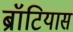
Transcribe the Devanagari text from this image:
ब्रॉटियास